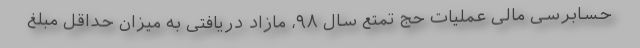
حسابرسی مالی عملیات حج تمتع سال ۹۸، مازاد دریافتی به میزان حداقل مبلغ